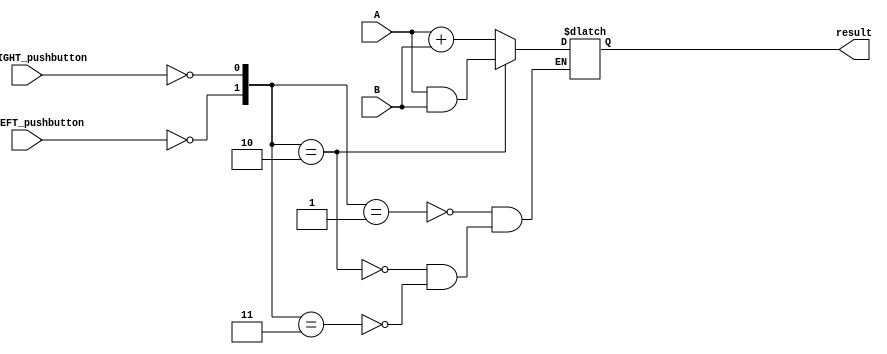
module lab1_top ( 
  input not_LEFT_pushbutton, 
  input not_RIGHT_pushbutton, 
  input [3:0] A, 
  input [3:0] B,  
  output reg [3:0] result );
  
  wire [3:0] ANDed_result;
  wire [3:0] ADDed_result;
  wire LEFT_pushbutton;
  wire RIGHT_pushbutton;

  assign ANDed_result = A & B;
  assign ADDed_result = A + B;

  assign LEFT_pushbutton = ~ not_LEFT_pushbutton;
  assign RIGHT_pushbutton = ~ not_RIGHT_pushbutton;

  always @* begin 
    case( {LEFT_pushbutton, RIGHT_pushbutton} ) 
      2'b01: result = ADDed_result; 
      2'b10: result = ANDed_result; 
      2'b11: result = ADDed_result;
    endcase 
  end
endmodule